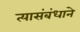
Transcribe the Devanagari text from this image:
त्यासंबंधाने